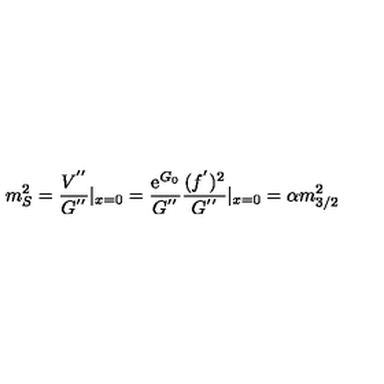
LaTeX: m _ { S } ^ { 2 } = \frac { V ^ { ' ^ { \prime } } } { G ^ { ' ^ { \prime } } } | _ { x = 0 } = \frac { \mathrm { e } ^ { G _ { 0 } } } { G ^ { ' ^ { \prime } } } \frac { ( f ^ { ' } ) ^ { 2 } } { G ^ { ' ^ { \prime } } } | _ { x = 0 } = \alpha m _ { 3 / 2 } ^ { 2 }